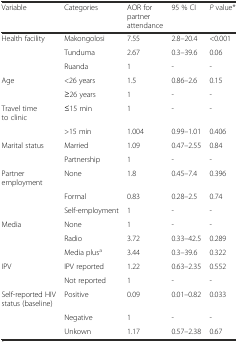
| Variable | Categories | AOR for partner attendance | 95 % CI | P value* |
 | --- | --- | --- | --- | --- |
 | Health facility | Makongolosi | 7.55 | 2.8–20.4 | <0.001 |
 |  | Tunduma | 2.67 | 0.3–39.6 | 0.06 |
 |  | Ruanda | 1 | - | - |
 | Age | <26 years | 1.5 | 0.86–2.6 | 0.15 |
 |  | ≥26 years | 1 | - | - |
 | Travel time to clinic | ≤15 min | 1 | - | - |
 |  | >15 min | 1.004 | 0.99–1.01 | 0.406 |
 | Marital status | Married | 1.09 | 0.47–2.55 | 0.84 |
 |  | Partnership | 1 | - | - |
 | Partner employment | None | 1.8 | 0.45–7.4 | 0.396 |
 |  | Formal | 0.83 | 0.28–2.5 | 0.74 |
 |  | Self-employment | 1 | - | - |
 | Media | None | 1 | - | - |
 |  | Radio | 3.72 | 0.33–42.5 | 0.289 |
 |  | Media plusa | 3.44 | 0.3–39.6 | 0.322 |
 | IPV | IPV reported | 1.22 | 0.63–2.35 | 0.552 |
 |  | Not reported | 1 | - | - |
 | Self-reported HIV status (baseline) | Positive | 0.09 | 0.01–0.82 | 0.033 |
 |  | Negative | 1 | - | - |
 |  | Unkown | 1.17 | 0.57–2.38 | 0.67 |